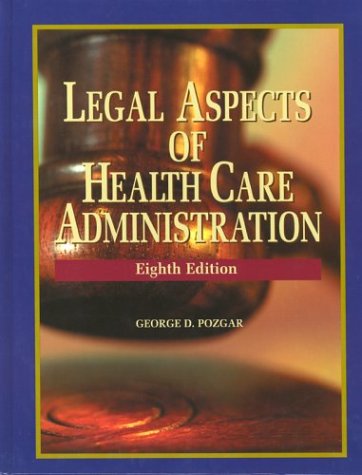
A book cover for Legal Aspects of Health Administration, 8th Edition; George Pozgar; Law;